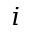
i